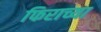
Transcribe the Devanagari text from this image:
फिराच्या